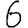
Digit: 6